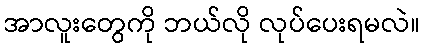
အာလူးတွေကို ဘယ်လို လုပ်ပေးရမလဲ။